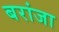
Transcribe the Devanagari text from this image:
बरांजा